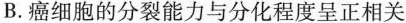
B.癌细胞的分裂能力与分化程度呈正相关